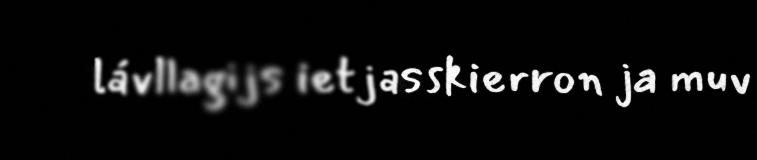
lávllagijs ietjasskierron ja muv